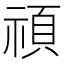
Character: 𥚴